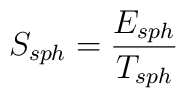
S_{sph} = \frac{E_{sph}}{T_{sph}}